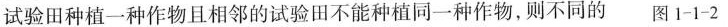
试验田种植一种作物且相邻的试验田不能种植同一种作物，则不同的 图1-1-2